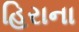
હિરાના